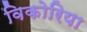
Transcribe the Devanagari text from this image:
विकोरिया